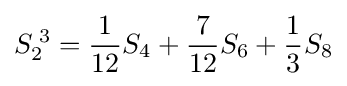
S_{2}^{\;3}={\frac {1}{12}}S_{4}+{\frac {7}{12}}S_{6}+{\frac {1}{3}}S_{8}